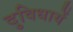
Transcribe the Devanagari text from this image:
दुविधायें